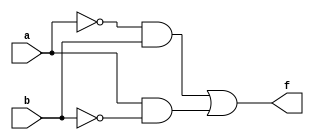
module part1(
    input a,b,
    output f
);
    assign f = (~a & b)|(a & ~b);
endmodule

module part3(
    input a,b,c,
    output g
);
    wire notC,AB,AC,BnotC;

    not(notC,c);
    and(AB,a,b);
    and(AC,a,c);
    and(BnotC,b,notC);
    or(g,AC,BnotC,AB);
endmodule
module halfAdder(
    input A, B, 
    output Sum, Carry
);
    and(Carry,A,B);
    xor(Sum,A,B);
endmodule

module fullAdder(
    input a,b,c_In, 
    output sum,c_out
);
    wire xor1,and1,and2;

    xor(xor1,a,b);
    xor(sum,xor1,c_In);
    and(and2,a,b);
    and(and1,xor1,c_In);
    or(c_out,and1,and2);
endmodule

module halfSubtract(
    input A,B, 
    output D,bOut
);
    wire not1;

    xor(D,A,B);
    not(not1,A);
    and(bOut,B,not1);
endmodule

module fullSubtract(
    input A,B,bIn,
    output D,bOut
);
    wire not1,xor1,and1,not2,and2;

    not(not1,A);
    xor(xor1,A,B);
    and(and1,not1,B);
    not(not2,xor1);
    xor(D,xor1,bIn);
    and(and2,not2,bIn);
    or(bOut,and2,and1);
endmodule

module Lab5TB;
    reg a,b,c_In,bIn;
    wire sum,carry,
         sum1,c_out,
         D,bOut,
         D1,bOut1
    ;

    halfAdder HFADD(a,b,sum,carry);
    fullAdder FLADD(a,b,c_In,sum1,c_out);
    halfSubtract HFSUB(a,b,D,bOut);
    fullSubtract FFSUB(a,b,bIn,D1,bOut1);

    initial
        begin
            $dumpfile("experiment_5.vcd");
	        $dumpvars(-1, HFADD,FLADD,HFSUB,FFSUB);
	        $monitor("%b",  sum,carry,
                            sum1,c_out,
                            D,bOut,
                            D1,bOut1);
        end
    initial begin
        #1 a=0; b=0;
        #1 $display("Simulating Half Adder");
           $monitor("A=%b, B=%b, sum=%b, carry=%b", a,b,sum,carry);
        #1 a=0; b=1;
        #1 a=1; b=0;
        #1 a=1; b=1;
        
        #1 a=0; b=0; c_In=0;
        #1 $display("Simulating Full Adder");
           $monitor("A=%b, B=%b, c_In=%b, sum=%b, C_out=%b",a,b,c_In,sum1,c_out);
        #1 a=0; b=0; c_In=1;
        #1 a=0; b=1; c_In=0;
        #1 a=0; b=1; c_In=1;
        #1 a=1; b=0; c_In=0;
        #1 a=1; b=0; c_In=1;
        #1 a=1; b=1; c_In=0;
        #1 a=1; b=1; c_In=1;

        #1 a=0; b=0; 
        #1 $display("Simulating Half Subtract");
           $monitor("A=%b, B=%b, D=%b, bOut=%b",a,b,D,bOut);
        #1 a=0; b=1; 
        #1 a=1; b=0; 
        #1 a=1; b=1; 

        #1 a=0; b=0; bIn=0;
        #1 $display("Simulating Full Subtract");
           $monitor("A=%b, B=%b, bIn=%b, D=%b, bOut=%b", a,b,bIn,D1,bOut1);
        #1 a=0; b=0; bIn=1;
        #1 a=0; b=1; bIn=0;
        #1 a=0; b=1; bIn=1;
        #1 a=1; b=0; bIn=0;
        #1 a=1; b=0; bIn=1;
        #1 a=1; b=1; bIn=0;
        #1 a=1; b=1; bIn=1;

        #1 $finish;  
    end
endmodule